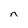
Character: n